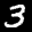
Digit: 3